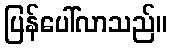
ပြန်ပေါ်လာသည်။